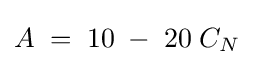
A\;=\;10\;-\;20\;C_{N}